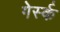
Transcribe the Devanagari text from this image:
गेर्स्क